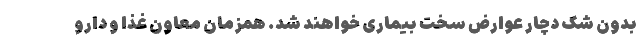
بدون شک دچار عوارض سخت بیماری خواهند شد. همزمان معاون غذا و دارو